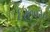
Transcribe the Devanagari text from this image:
६२७०२०